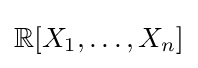
\mathbb {R} [X_{1},\dots ,X_{n}]